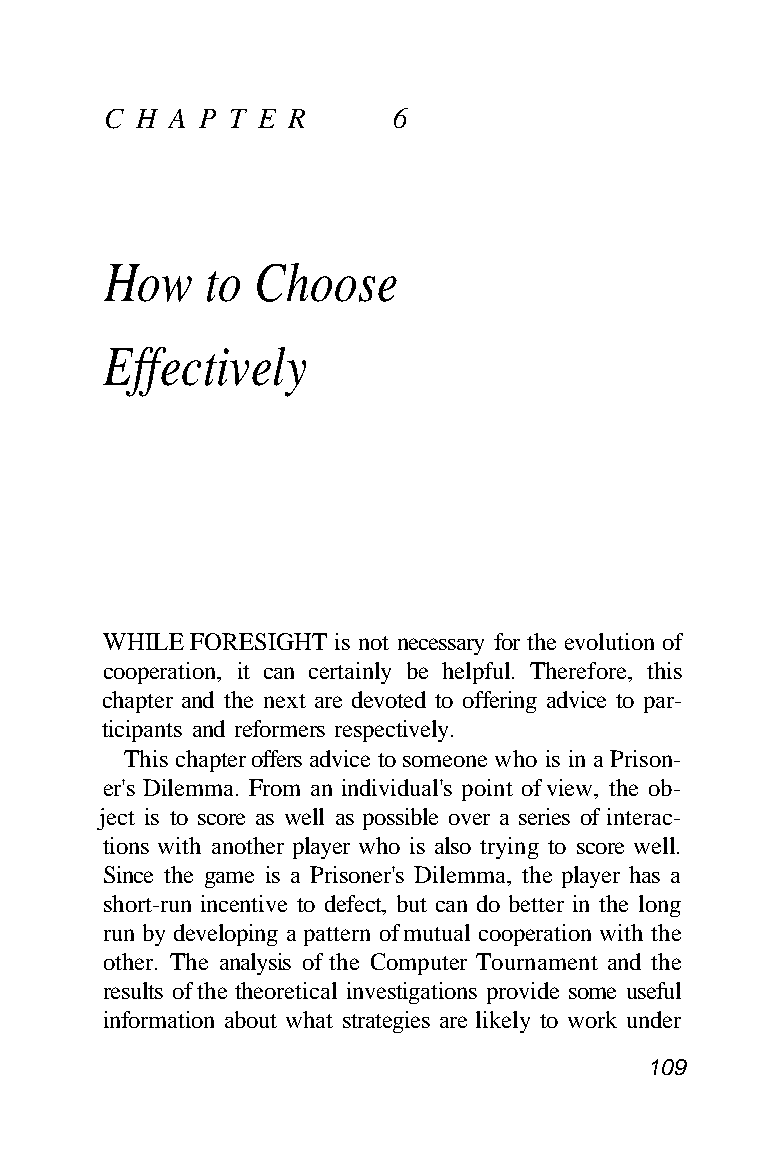
C H A P T E R     6
 How    to Choose
 Effectively
 WHILE FORESIGHT is not necessary for the evolution of
 cooperation, it can certainly be helpful. Therefore, this
 chapter and the next are devoted to offering advice to par-
 ticipants and reformers respectively.
 This chapter offers advice to someone who is in a Prison-
 er's Dilemma. From an individual's point of view, the ob-
 ject is to score as well as possible over a series of interac-
 tions with another player who is also trying to score well.
 Since the game is a Prisoner's Dilemma, the player has a
 short-run incentive to defect, but can do better in the long
 run by developing a pattern of mutual cooperation with the
 other. The analysis of the Computer Tournament and the
 results of the theoretical investigations provide some useful
 information about what strategies are likely to work under
 109